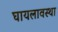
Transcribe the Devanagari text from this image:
घायलावस्था